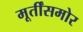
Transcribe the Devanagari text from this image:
मूर्तींसमोर